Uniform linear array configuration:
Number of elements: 48
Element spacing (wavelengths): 0.5
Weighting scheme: kaiser
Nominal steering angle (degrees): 0
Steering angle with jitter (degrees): -0.2079
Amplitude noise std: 0.05
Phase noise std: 0.05

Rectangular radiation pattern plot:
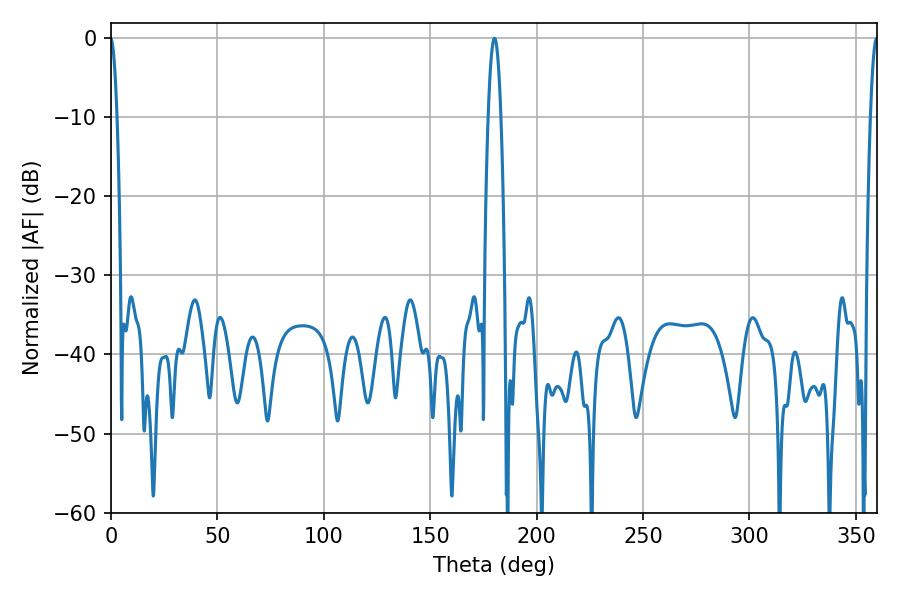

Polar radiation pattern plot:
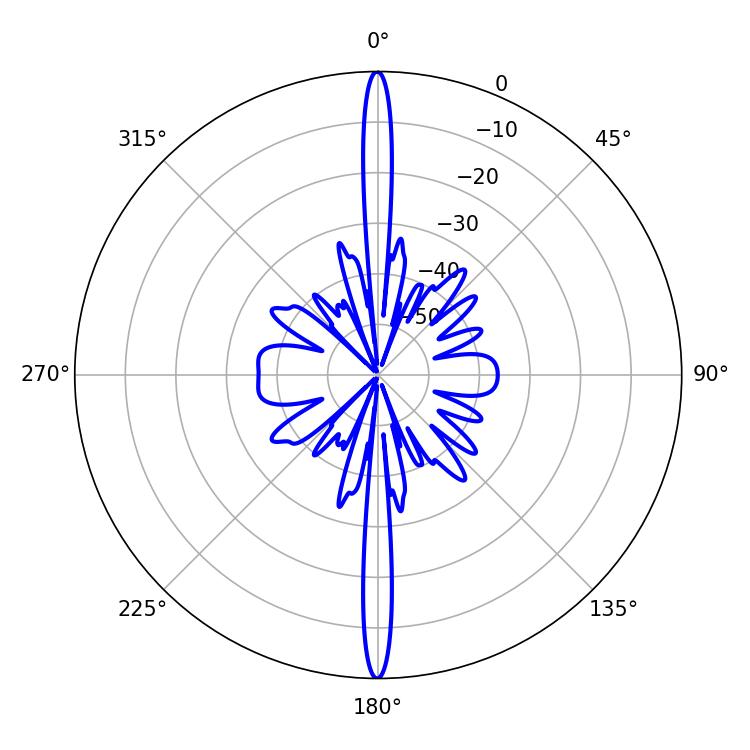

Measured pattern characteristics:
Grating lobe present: FALSE
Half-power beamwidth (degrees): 3.24
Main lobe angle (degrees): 180.18